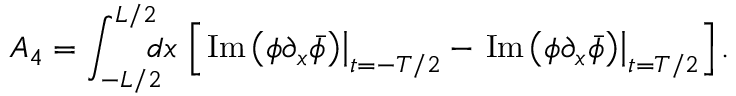
A _ { 4 } = \int _ { - L / 2 } ^ { L / 2 } \! \! \! \! d x \, \left[ \left. \mathrm { I m } \left( \phi \partial _ { x } \bar { \phi } \right) \right| _ { t = - T / 2 } - \left. \mathrm { I m } \left( \phi \partial _ { x } \bar { \phi } \right) \right| _ { t = T / 2 } \right] .